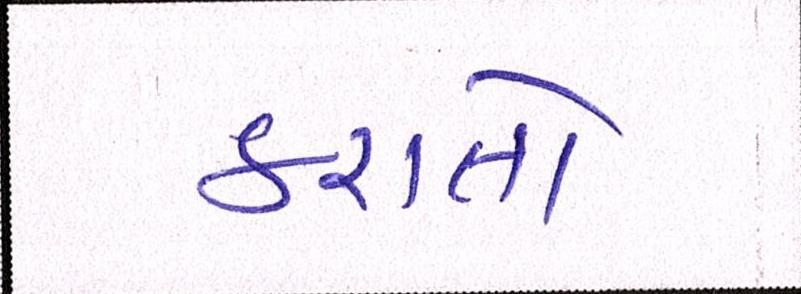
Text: કરાતો